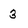
Character: 3